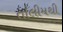
તાલીમથી